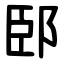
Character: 䢻